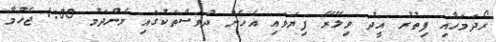
ރޯދަމަހާއި ފިތުރު އީދު ވިލޭރޭ ފިޔަވައި އެހެން ދުވަސްތަކުގައި މެންދަމު 1:00 ޖެހުމާ